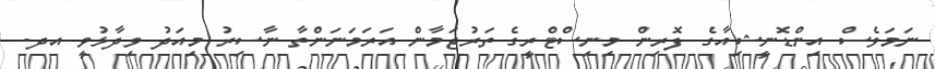
ނަމަވެސް އިންޑޮނީޝިއާގެ ފޮރިން މިނިސްޓްރީގެ ތަރުޖަމާން އަރަމަނަންތާ ނާސިރު މިއަދު ވިދާޅުވީ އދ.